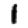
Digit: 1